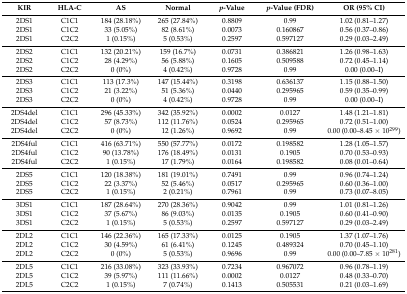
<table><thead><tr><td><b>KIR</b></td><td><b>HLA-C</b></td><td><b>AS</b></td><td><b>Normal</b></td><td><b><i>p</i>-Value</b></td><td><b><i>p</i>-Value (FDR)</b></td><td><b>OR (95% CI)</b></td></tr></thead><tbody><tr><td>2DS1</td><td>C1C1</td><td>184 (28.18%)</td><td>265 (27.84%)</td><td>0.8809</td><td>0.99</td><td>1.02 (0.81–1.27)</td></tr><tr><td>2DS1</td><td>C1C2</td><td>33 (5.05%)</td><td>82 (8.61%)</td><td>0.0073</td><td>0.160867</td><td>0.56 (0.37–0.86)</td></tr><tr><td>2DS1</td><td>C2C2</td><td>1 (0.15%)</td><td>5 (0.53%)</td><td>0.2597</td><td>0.597127</td><td>0.29 (0.03–2.49)</td></tr><tr><td>2DS2</td><td>C1C1</td><td>132 (20.21%)</td><td>159 (16.7%)</td><td>0.0731</td><td>0.386821</td><td>1.26 (0.98–1.63)</td></tr><tr><td>2DS2</td><td>C1C2</td><td>28 (4.29%)</td><td>56 (5.88%)</td><td>0.1605</td><td>0.509588</td><td>0.72 (0.45–1.14)</td></tr><tr><td>2DS2</td><td>C2C2</td><td>0 (0%)</td><td>4 (0.42%)</td><td>0.9728</td><td>0.99</td><td>0.00 (0.00–I)</td></tr><tr><td>2DS3</td><td>C1C1</td><td>113 (17.3%)</td><td>147 (15.44%)</td><td>0.3198</td><td>0.636137</td><td>1.15 (0.88–1.50)</td></tr><tr><td>2DS3</td><td>C1C2</td><td>21 (3.22%)</td><td>51 (5.36%)</td><td>0.0440</td><td>0.295965</td><td>0.59 (0.35–0.99)</td></tr><tr><td>2DS3</td><td>C2C2</td><td>0 (0%)</td><td>4 (0.42%)</td><td>0.9728</td><td>0.99</td><td>0.00 (0.00–I)</td></tr><tr><td>2DS4del</td><td>C1C1</td><td>296 (45.33%)</td><td>342 (35.92%)</td><td>0.0002</td><td>0.0127</td><td>1.48 (1.21–1.81)</td></tr><tr><td>2DS4del</td><td>C1C2</td><td>57 (8.73%)</td><td>112 (11.76%)</td><td>0.0524</td><td>0.295965</td><td>0.72 (0.51–1.00)</td></tr><tr><td>2DS4del</td><td>C2C2</td><td>0 (0%)</td><td>12 (1.26%)</td><td>0.9692</td><td>0.99</td><td>0.00 (0.00–8.45 × 10<sup>299</sup>)</td></tr><tr><td>2DS4ful</td><td>C1C1</td><td>416 (63.71%)</td><td>550 (57.77%)</td><td>0.0172</td><td>0.198582</td><td>1.28 (1.05–1.57)</td></tr><tr><td>2DS4ful</td><td>C1C2</td><td>90 (13.78%)</td><td>176 (18.49%)</td><td>0.0131</td><td>0.1905</td><td>0.70 (0.53–0.93)</td></tr><tr><td>2DS4ful</td><td>C2C2</td><td>1 (0.15%)</td><td>17 (1.79%)</td><td>0.0164</td><td>0.198582</td><td>0.08 (0.01–0.64)</td></tr><tr><td>2DS5</td><td>C1C1</td><td>120 (18.38%)</td><td>181 (19.01%)</td><td>0.7491</td><td>0.99</td><td>0.96 (0.74–1.24)</td></tr><tr><td>2DS5</td><td>C1C2</td><td>22 (3.37%)</td><td>52 (5.46%)</td><td>0.0517</td><td>0.295965</td><td>0.60 (0.36–1.00)</td></tr><tr><td>2DS5</td><td>C2C2</td><td>1 (0.15%)</td><td>2 (0.21%)</td><td>0.7961</td><td>0.99</td><td>0.73 (0.07–8.05)</td></tr><tr><td>3DS1</td><td>C1C1</td><td>187 (28.64%)</td><td>270 (28.36%)</td><td>0.9042</td><td>0.99</td><td>1.01 (0.81–1.26)</td></tr><tr><td>3DS1</td><td>C1C2</td><td>37 (5.67%)</td><td>86 (9.03%)</td><td>0.0135</td><td>0.1905</td><td>0.60 (0.41–0.90)</td></tr><tr><td>3DS1</td><td>C2C2</td><td>1 (0.15%)</td><td>5 (0.53%)</td><td>0.2597</td><td>0.597127</td><td>0.29 (0.03–2.49)</td></tr><tr><td>2DL2</td><td>C1C1</td><td>146 (22.36%)</td><td>165 (17.33%)</td><td>0.0125</td><td>0.1905</td><td>1.37 (1.07–1.76)</td></tr><tr><td>2DL2</td><td>C1C2</td><td>30 (4.59%)</td><td>61 (6.41%)</td><td>0.1245</td><td>0.489324</td><td>0.70 (0.45–1.10)</td></tr><tr><td>2DL2</td><td>C2C2</td><td>0 (0%)</td><td>5 (0.53%)</td><td>0.9696</td><td>0.99</td><td>0.00 (0.00–7.85 × 10<sup>281</sup>)</td></tr><tr><td>2DL5</td><td>C1C1</td><td>216 (33.08%)</td><td>323 (33.93%)</td><td>0.7234</td><td>0.967072</td><td>0.96 (0.78–1.19)</td></tr><tr><td>2DL5</td><td>C1C2</td><td>39 (5.97%)</td><td>111 (11.66%)</td><td>0.0002</td><td>0.0127</td><td>0.48 (0.33–0.70)</td></tr><tr><td>2DL5</td><td>C2C2</td><td>1 (0.15%)</td><td>7 (0.74%)</td><td>0.1413</td><td>0.505531</td><td>0.21 (0.03–1.69)</td></tr></tbody></table>